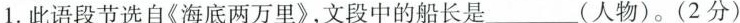
1.此语段节选自《海底两万里》，文段中的船长是___(人物)。(2分)